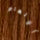
الإلهام